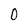
Character: 0